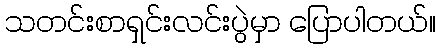
သတင်းစာရှင်းလင်းပွဲမှာ ပြောပါတယ်။